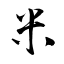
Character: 米